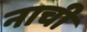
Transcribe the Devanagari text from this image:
नाची